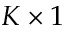
K \times 1